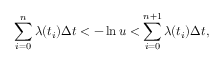
\sum _ { i = 0 } ^ { n } \lambda ( t _ { i } ) \Delta t < - \ln u < \sum _ { i = 0 } ^ { n + 1 } \lambda ( t _ { i } ) \Delta t ,